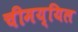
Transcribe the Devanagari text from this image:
चीमय्यिल